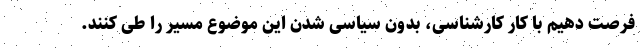
فرصت دهیم با کار کارشناسی، بدون سیاسی شدن این موضوع مسیر را طی کنند.